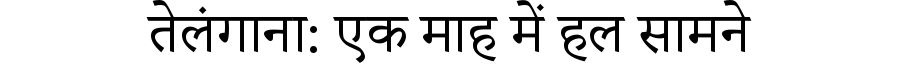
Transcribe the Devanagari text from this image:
तेलंगाना: एक माह में हल सामने